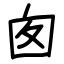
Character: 囱